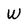
Character: W